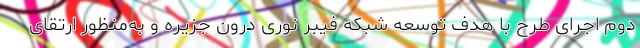
دوم اجرای طرح با هدف توسعه شبکه فیبر نوری درون جزیره و به‌منظور ارتقای